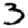
Digit: 3